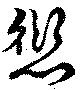
愆